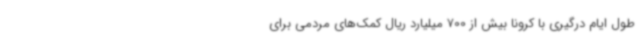
طول ایام درگیری با کرونا بیش از 700 میلیارد ریال کمک‌های مردمی برای